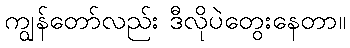
ကျွန်တော်လည်း ဒီလိုပဲတွေးနေတာ။